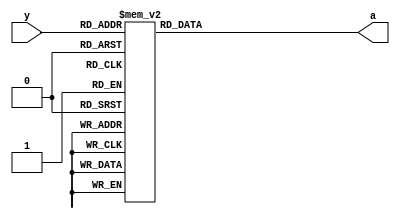
// This program was cloned from: https://github.com/mehedi37/Verilog_study
// License: MIT License

//  4 to 2 priority encoder using always blocking assignment
module _42penc(
  input [3:0] y,
  output reg [1:0] a   // for always block
  // output [1:0] a    // for assign statement
);

  // assign a[0] = ((~y[3]) & y[2]) | y[3];
  // assign a[0] = ((~y[3]) & (~y[2]) & y[1]) | y[3];

  // always @(*)
  // begin
  //   if (y[3]) a = 2'b11;
  //   else if (y[3] == 1) a = 2'b11;
  //   else if (y[3:2] == 2'b01) a = 2'b10;
  //   else if (y[3:1] == 3'b001) a = 2'b01;
  //   else if (y == 4'b0001) a = 2'b00;
  //   else if (y == 4'b0000) a = 2'b00;
  // end

  always @(*)
  begin
    case (y)
      4'b0000: a = 2'b00;
      4'b0001: a = 2'b00;
      4'b0010: a = 2'b01;
      4'b0011: a = 2'b01;
      4'b0100: a = 2'b10;
      4'b0101: a = 2'b10;
      4'b0110: a = 2'b10;
      4'b0111: a = 2'b10;
      4'b1000: a = 2'b11;
      4'b1001: a = 2'b11;
      4'b1010: a = 2'b11;
      4'b1100: a = 2'b11;
      4'b1101: a = 2'b11;
      4'b1110: a = 2'b11;
      4'b1111: a = 2'b11;
      default: a = 2'b00;
    endcase
  end

endmodule